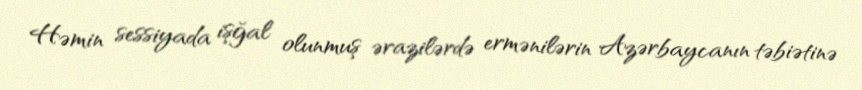
Həmin sessiyada işğal olunmuş ərazilərdə ermənilərin Azərbaycanın təbiətinə